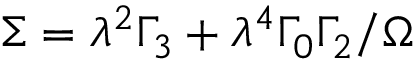
\Sigma = \lambda ^ { 2 } \Gamma _ { 3 } + \lambda ^ { 4 } \Gamma _ { 0 } \Gamma _ { 2 } / \Omega